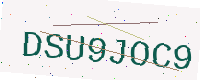
Text: DSU9JOC9